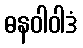
ဓနဝါဝါဒံ